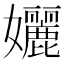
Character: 孋